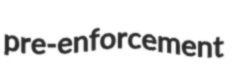
pre-enforcement